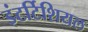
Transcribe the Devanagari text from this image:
इंटर्टिशियल